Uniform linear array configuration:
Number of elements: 4
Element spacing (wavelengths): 1
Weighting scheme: binomial
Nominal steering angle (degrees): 15
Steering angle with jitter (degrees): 16.51
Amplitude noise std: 0.05
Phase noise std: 0.05

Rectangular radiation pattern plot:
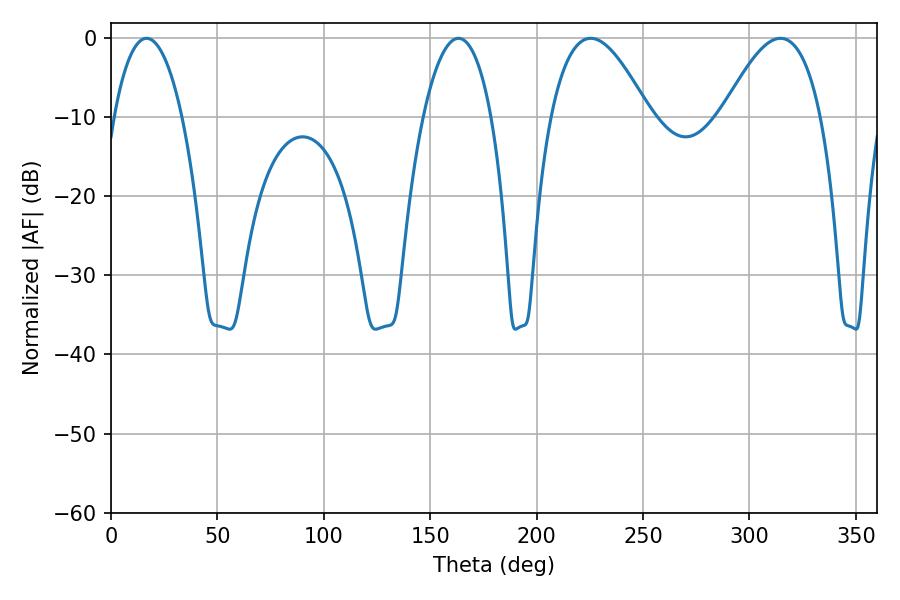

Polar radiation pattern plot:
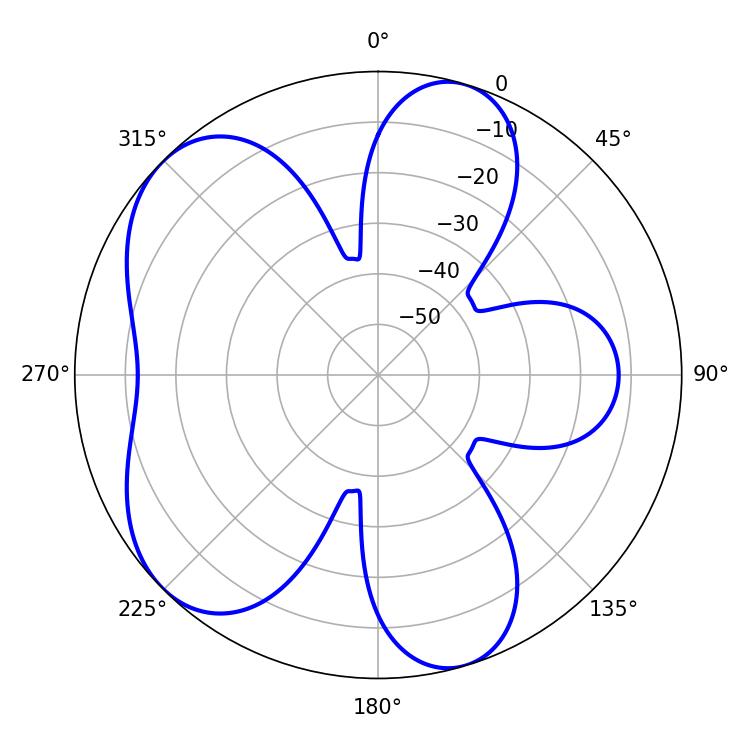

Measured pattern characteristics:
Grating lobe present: TRUE
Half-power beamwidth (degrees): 18
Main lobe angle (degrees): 16.74